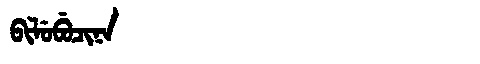
Manchu: ᠪᡳᠯᡠᠪᡠᠴᡳᠨᠠ
Romanization: BILUBUCINA